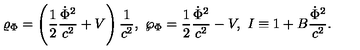
\varrho _ { \Phi } = \left( { \frac { 1 } { 2 } } { \frac { \dot { \Phi } ^ { 2 } } { c ^ { 2 } } } + V \right) { \frac { 1 } { c ^ { 2 } } } , \ \wp _ { \Phi } = { \frac { 1 } { 2 } } { \frac { \dot { \Phi } ^ { 2 } } { c ^ { 2 } } } - V , \ I \equiv 1 + B { \frac { \dot { \Phi } ^ { 2 } } { c ^ { 2 } } } .